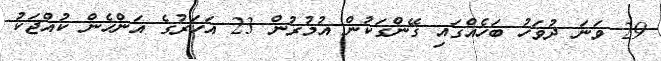
29 ވަނަ ދުވަހު ބަހެއްގައި ގޭންގަކުން އުމުރުން 23 އަހަރުގެ އަންހެން ކުއްޖަކު